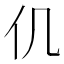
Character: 仉